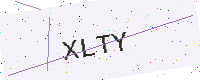
Text: XLTY